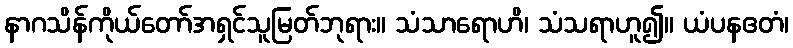
နာဂသိန်ကိုယ်တော်အရှင်သူမြတ်ဘုရား။ သံသာရောဟိ၊ သံသရာဟူ၍။ ယံပနဧတံ၊